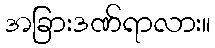
အခြားဒဏ်ရာလား။